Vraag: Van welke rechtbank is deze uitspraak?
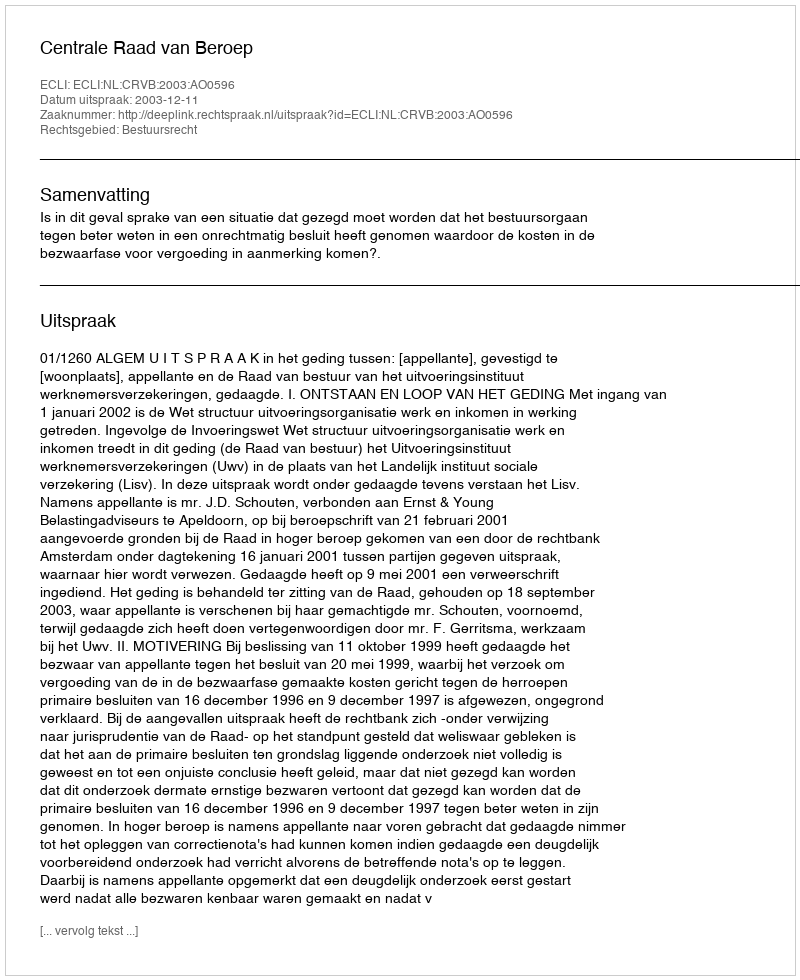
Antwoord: Centrale Raad van Beroep